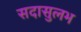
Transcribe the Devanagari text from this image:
सदासुलभ